Scottish Certificate of Education, 1963
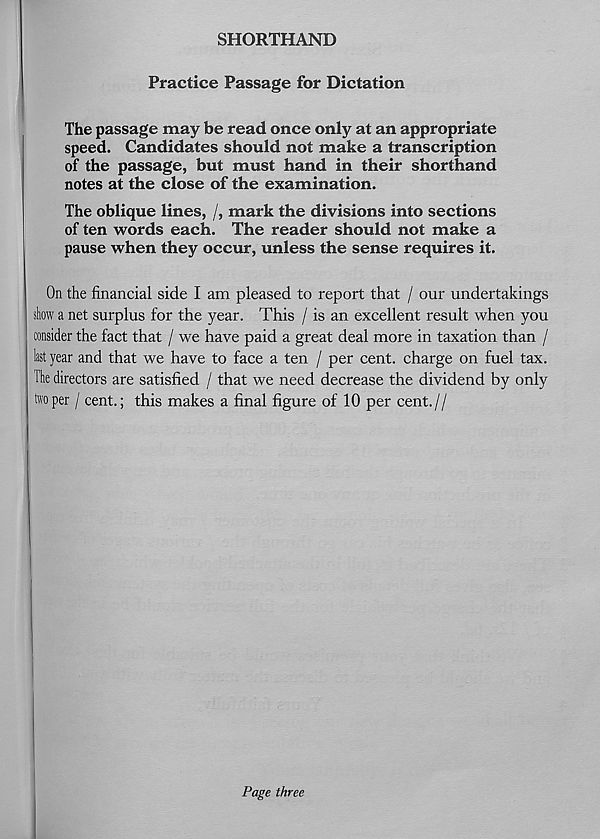
SHORTHAND
Practice Passage for Dictation
The passage may be read once only at an appropriate
speed. Candidates should not make a transcription
of the passage, but must hand in their shorthand
notes at the close of the examination.
The oblique lines, /, mark the divisions into sections
of ten words each. The reader should not make a
pause when they occur, unless the sense requires it.
On the financial side I am pleased to report that / our undertakings
show a net surplus for the year. This / is an excellent result when you
consider the fact that / we have paid a great deal more in taxation than /
last year and that we have to face a ten / per cent, charge on fuel tax.
The directors are satisfied / that we need decrease the dividend by only
two per / cent.; this makes a final figure of 10 per cent.//
Page three